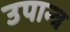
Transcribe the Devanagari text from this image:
उपान्त्र